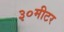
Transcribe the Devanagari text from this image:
३०मीटर